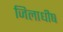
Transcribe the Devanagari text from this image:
जिलाधीष